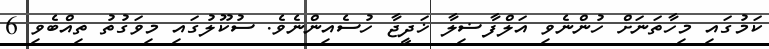
ކަމުގައި މިހާތަނަށް ހުންނެވި އަލްފާޟިލާ ޚަދީޖާ ހުސެއިންނެވެ. ސުކޫލުގައި މިވަގުތު ތިއްބެވި 6